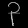
Digit: ၃